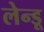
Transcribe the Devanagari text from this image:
लेन्डू